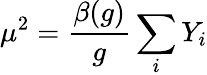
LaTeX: \mu^{2}=\frac{\beta(g)}{g}\sum_{i}Y_{i}